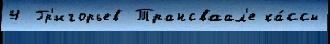
4 Гр'игорьев Трансваал'е ка́ссы